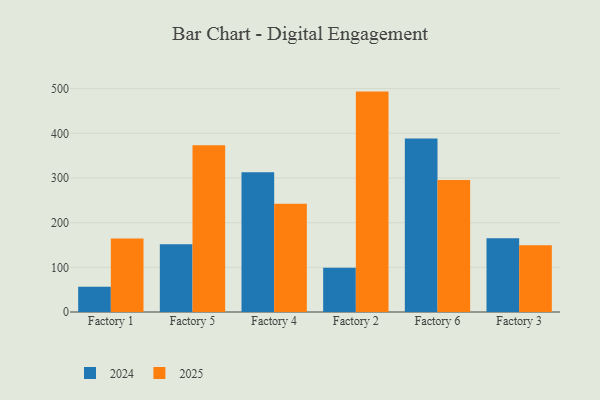
{"axis": {"x": "Factory", "y": "Backlog"}, "legend": ["2024", "2025"], "data": [{"x": "Factory 1", "y": 164.6, "type": "2025"}, {"x": "Factory 1", "y": 56.8, "type": "2024"}, {"x": "Factory 5", "y": 373.1, "type": "2025"}, {"x": "Factory 5", "y": 151.5, "type": "2024"}, {"x": "Factory 4", "y": 242.6, "type": "2025"}, {"x": "Factory 4", "y": 313.1, "type": "2024"}, {"x": "Factory 2", "y": 493.4, "type": "2025"}, {"x": "Factory 2", "y": 99.2, "type": "2024"}, {"x": "Factory 6", "y": 295.7, "type": "2025"}, {"x": "Factory 6", "y": 388.5, "type": "2024"}, {"x": "Factory 3", "y": 149.5, "type": "2025"}, {"x": "Factory 3", "y": 164.9, "type": "2024"}]}